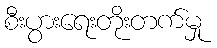
စီးပွားရေးတိုးတက်မှု